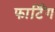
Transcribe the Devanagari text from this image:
फार्टिंग